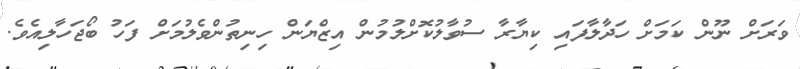
ވަރަށް ނޫން ކަމަށް ހަދާލާފައި ކިޔާރާ ސުވާލުކޮށްލުމުން އިޒްޔަން ހިނިތުންވެލުމަށް ފަހު ބޯޖަހާލިއެވެ.